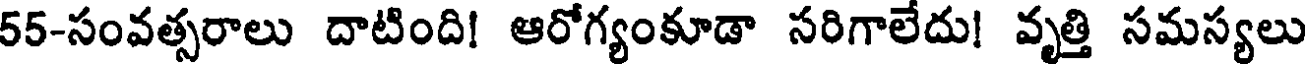
55-సంవత్సరాలు దాటింది! ఆరోగ్యంకూడా సరిగాలేదు! వృత్తి సమస్యలు